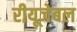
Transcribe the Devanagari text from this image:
रीयूजेबल